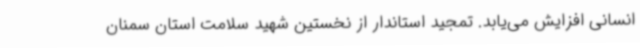
انسانی افزایش می‌یابد. تمجید استاندار از نخستین شهید سلامت استان سمنان